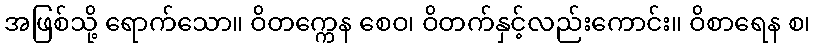
အဖြစ်သို့ ရောက်သော။ ဝိတက္ကေန စေဝ၊ ဝိတက်နှင့်လည်းကောင်း။ ဝိစာရေန စ၊